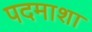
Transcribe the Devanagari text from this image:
पदमाशा